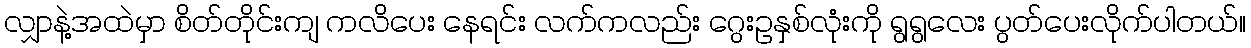
လျှာနဲ့အထဲမှာ စိတ်တိုင်းကျ ကလိပေး နေရင်း လက်ကလည်း ဂွေးဥနှစ်လုံးကို ရွရွလေး ပွတ်ပေးလိုက်ပါတယ်။